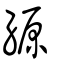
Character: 縓